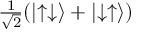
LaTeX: \textstyle { \frac { 1 } { \sqrt { 2 } } } ( \left| \uparrow \downarrow \right\rangle + \left| \downarrow \uparrow \right\rangle )